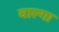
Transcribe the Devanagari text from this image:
वाल्गा